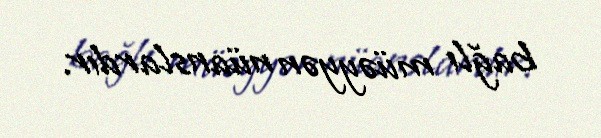
bağlı müəyyən nüanslardır.